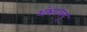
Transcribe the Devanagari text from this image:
शंभरधनू